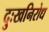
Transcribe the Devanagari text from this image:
दुःखनिरोध